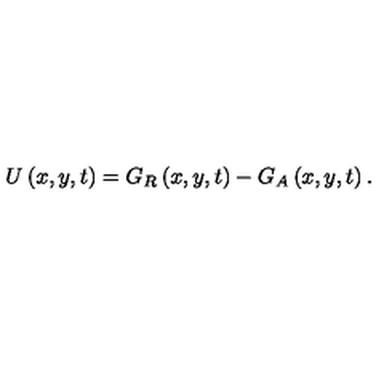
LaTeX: U \left( x , y , t \right) = G _ { R } \left( x , y , t \right) - G _ { A } \left( x , y , t \right) .